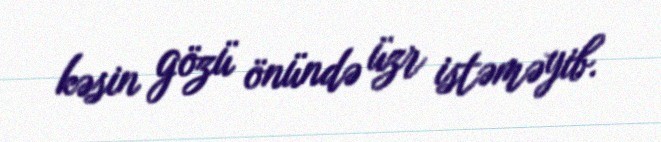
kəsin gözü önündə üzr istəməyib.